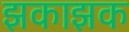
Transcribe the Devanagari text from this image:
झकाझक